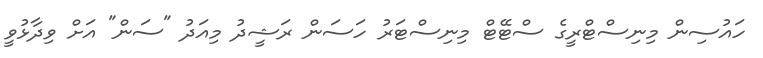
ހައުސިން މިނިސްޓްރީގެ ސްޓޭޓް މިނިސްޓަރު ހަސަން ރަޝީދު މިއަދު "ސަން" އަށް ވިދާޅުވީ